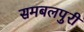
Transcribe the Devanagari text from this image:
समबलपुरी